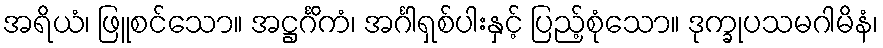
အရိယံ၊ ဖြူစင်သော။ အဋ္ဌင်္ဂိကံ၊ အင်္ဂါရှစ်ပါးနှင့် ပြည့်စုံသော။ ဒုက္ခုပသမဂါမိနံ၊